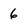
Character: 6